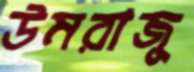
উমরাজু